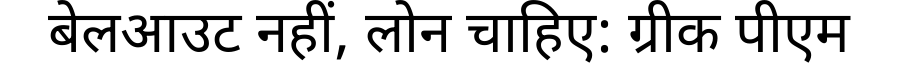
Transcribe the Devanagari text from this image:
बेलआउट नहीं, लोन चाहिए: ग्रीक पीएम